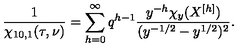
\frac { 1 } { \chi _ { 1 0 , 1 } ( \tau , \nu ) } = \sum _ { h = 0 } ^ { \infty } q ^ { h - 1 } \frac { y ^ { - h } \chi _ { y } ( X ^ { [ h ] } ) } { ( y ^ { - 1 / 2 } - y ^ { 1 / 2 } ) ^ { 2 } } .